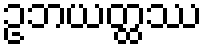
ဥဘယတ္ထဿ